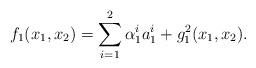
LaTeX: \begin{align*}f_1(x_1,x_2)=\sum_{i=1}^2 \alpha_1^i a_1^i+ g_1^2(x_1,x_2).\end{align*}